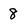
Character: 8